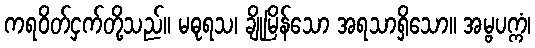
ကရဝိတ်ငှက်တို့သည်။ မဓုရသ၊ ချိုမြိန်သော အရသာရှိသော။ အမ္ဗပက္ကံ၊